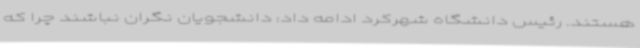
هستند. رئیس دانشگاه شهرکرد ادامه داد: دانشجویان نگران نباشند چرا که